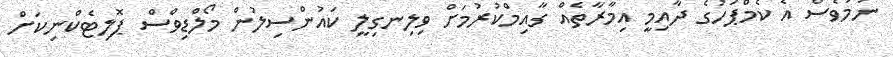
ނަމަވެސް އެ ކެމްޕަހުގެ ދާއިމީ އިމާރާތެއް ގާއިމްކުރުމަށް ވިލިނގިލީ ކައުންސިލުން މޯލްޑިވްސް ޕޮލިޓެކްނިކަށް